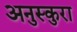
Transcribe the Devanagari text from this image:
अनुस्कुरा